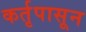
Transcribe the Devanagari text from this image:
कर्तृपासून